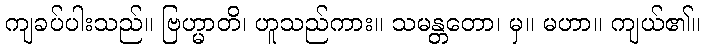
ကျခပ်ပါးသည်။ ဗြဟ္မာတိ၊ ဟူသည်ကား။ သမန္တတော၊ မှ။ မဟာ။ ကျယ်၏။